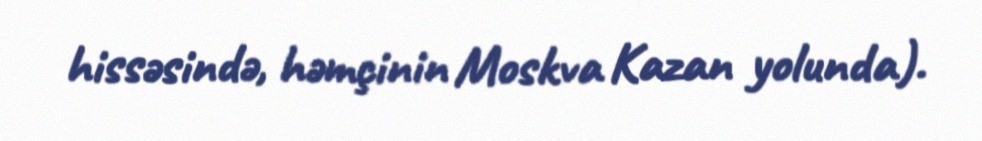
hissəsində, həmçinin Moskva Kazan yolunda).